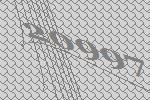
20997